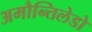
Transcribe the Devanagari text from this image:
अमौन्तिलेडो